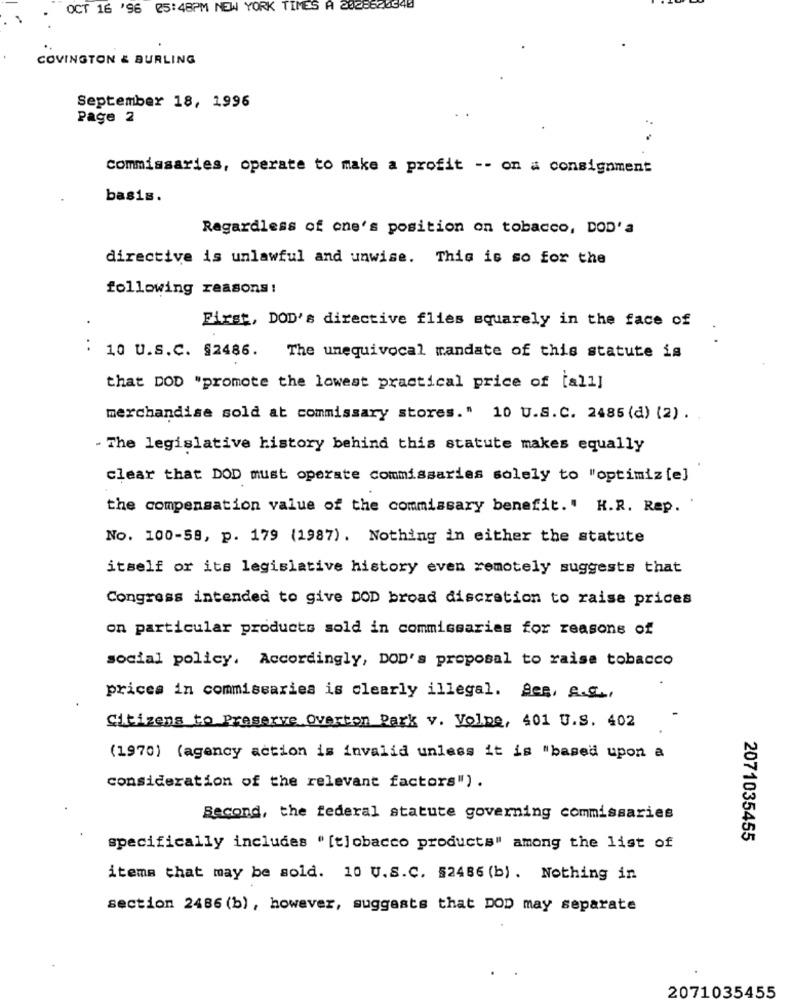
OCT 16 '96 25:48PM NEW YORK TIMES A 2028820940
COVINGTON & BURLING
September 18, 1996
Page 2
Commissaries, operate to make a profit -- on a consignment
basis.
Regardless of one's position on tobacco, DOD'a
directive is unlawful and unwise. This is so for the
following reasons!
First, DOD's directive flies squarely in the face of
10 U.S.C. §2486. The unequivocal mandate of this statute is
that DOD "promote the lowest practical price of [all]
merchandise sold at commissary stores." 10 U.S.C. 2485 (d) (2) .
- The legislative history behind this statute makes equally
clear that DOD must operate commissaries solely to "optimiz [e]
the compensation value of the commissary benefit." H.R. Rep.
No. 100-59, p. 179 (1987). Nothing in either the statute
itself or its legislative history even remotely suggests that
Congress intended to give DOD broad discretion to raise prices
on particular products sold in commissaries for reasons of
social policy. Accordingly, DOD's proposal to raise tobacco
prices in commissaries is clearly illegal. See, a.c .,
Citizens to Preserve Overton Park v. Volpe, 401 U.S. 402
(1970) (agency action is invalid unless it is "based upon a
consideration of the relevant factors").
Second, the federal statute governing commissaries
2071035455
specifically includes " [tobacco products" among the list of
items that may be sold. 10 U.S.C. 52486 (b) . Nothing in
section 2486 (b) , however, suggests that DOD may separate
2071035455